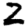
Digit: 2